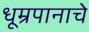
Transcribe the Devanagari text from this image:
धूम्रपानाचे